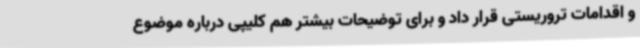
و اقدامات تروریستی قرار داد و برای توضیحات بیشتر هم کلیپی درباره موضوع